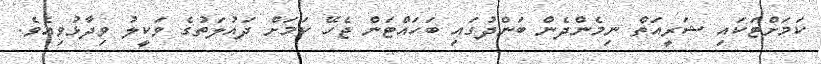
ކަމަށްޓަކައި ޝަރީއަތް ނިމެންދެން ބަންދުގައި ބަހައްޓަން ޖެހޭ ކަމަށް ދައުލަތުގެ ވަކީލު ވިދާޅުވިއެވެ.